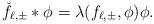
LaTeX: \begin{align*}\check{f}_{\ell, \pm} *\phi =\lambda(f_{\ell, \pm}, \phi) \phi.\end{align*}